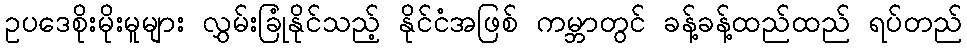
ဥပဒေစိုးမိုးမူများ လွှမ်းခြုံနိုင်သည့် နိုင်ငံအဖြစ် ကမ္ဘာတွင် ခန့်ခန့်ထည်ထည် ရပ်တည်